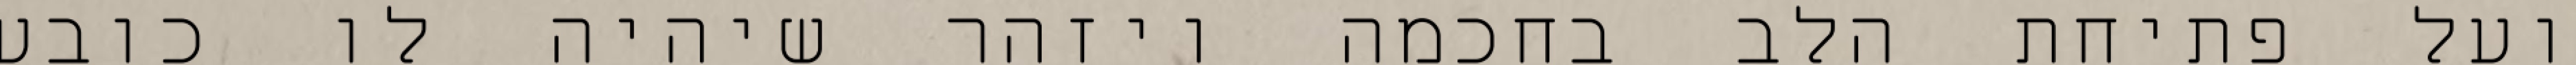
ועל פתיחת הלב בחכמה ויזהר שיהיה לו כובע